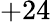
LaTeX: +24